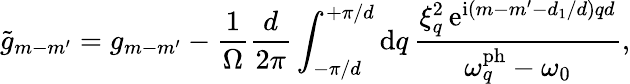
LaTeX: \tilde{g}_{m-m^{\prime}}=g_{m-m^{\prime}}-\frac{1}{\Omega}\frac{d}{2\pi}\int_{-\pi/d}^{+\pi/d}\mathrm{d}q\, \frac{\xi_{q}^{2}\, \mathrm{e}^{\mathrm{i}(m-m^{\prime}-d_{1}/d)qd}}{\omega_{q}^{\mathrm{ph}}-\omega_{0}},